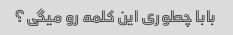
بابا چطوری این کلمه رو میگی؟